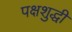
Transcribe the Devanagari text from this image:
पक्षशुद्धी